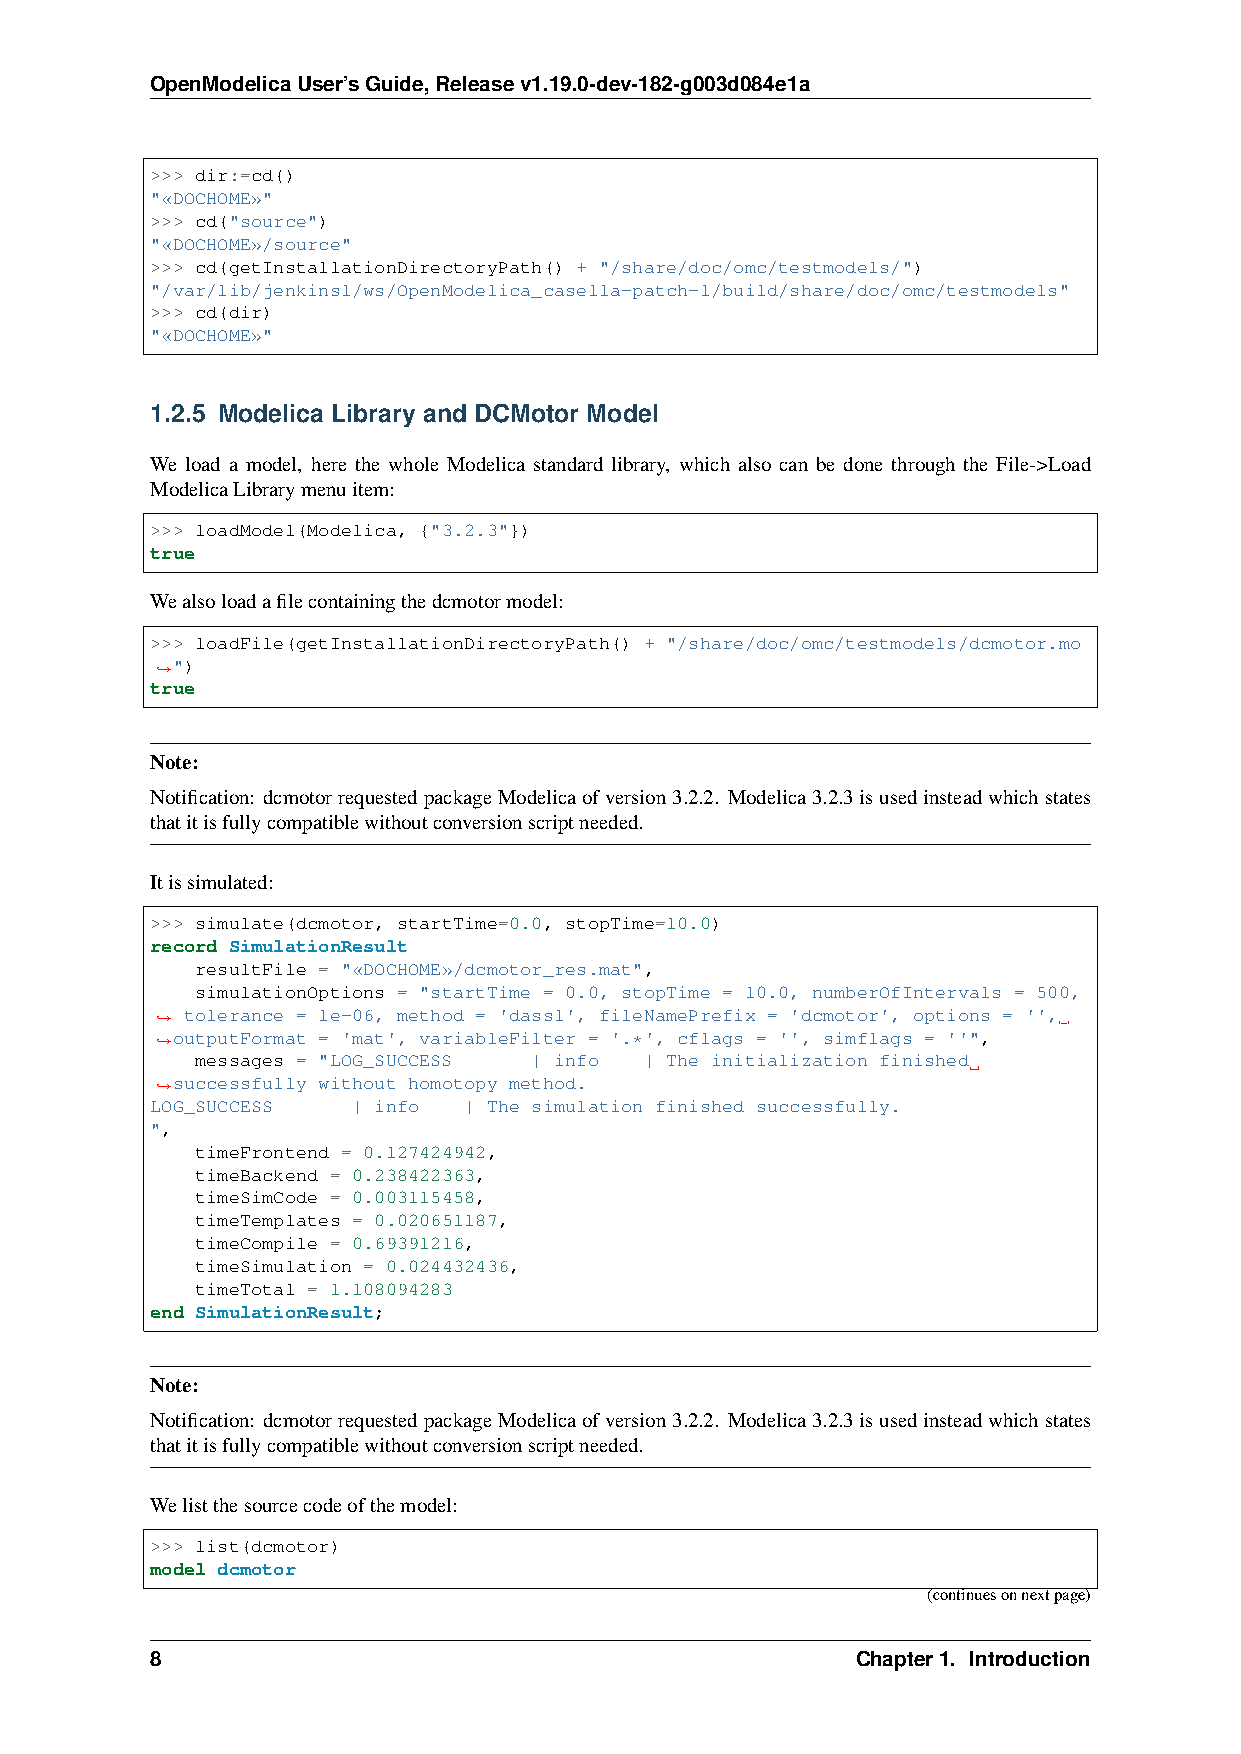
OpenModelicaUser’sGuide,Releasev1.19.0-dev-182-g003d084e1a
 >>> dir:=cd()
 "«DOCHOME»"
 >>> cd("source")
 "«DOCHOME»/source"
 >>> cd(getInstallationDirectoryPath() + "/share/doc/omc/testmodels/")
 "/var/lib/jenkins1/ws/OpenModelica_casella-patch-1/build/share/doc/omc/testmodels"
 >>> cd(dir)
 "«DOCHOME»"
 1.2.5 Modelica Library and DCMotor Model
 We load a model, here the whole Modelica standard library, which also can be done through the File->Load
 ModelicaLibrarymenuitem:
 >>> loadModel(Modelica, {"3.2.3"})
 true
 Wealsoloadafilecontainingthedcmotormodel:
 >>> loadFile(getInstallationDirectoryPath() + "/share/doc/omc/testmodels/dcmotor.mo
 ")
 ˓→
 true
 Note:
 Notification: dcmotorrequestedpackageModelicaofversion3.2.2. Modelica3.2.3isusedinsteadwhichstates
 thatitisfullycompatiblewithoutconversionscriptneeded.
 Itissimulated:
 >>> simulate(dcmotor, startTime=0.0, stopTime=10.0)
 record SimulationResult
 resultFile = "«DOCHOME»/dcmotor_res.mat",
 simulationOptions = "startTime = 0.0, stopTime = 10.0, numberOfIntervals = 500,
 tolerance = 1e-06, method = 'dassl', fileNamePrefix = 'dcmotor', options = '',
 ˓→
 ˓→outputFormat = 'mat', variableFilter = '.*', cflags = '', simflags = ''",
 messages = "LOG_SUCCESS | info | The initialization finished
 successfully without homotopy method.
 ˓→
 LOG_SUCCESS  | info  | The simulation finished successfully.
 ",
 timeFrontend = 0.127424942,
 timeBackend = 0.238422363,
 timeSimCode = 0.003115458,
 timeTemplates = 0.020651187,
 timeCompile = 0.69391216,
 timeSimulation = 0.024432436,
 timeTotal = 1.108094283
 end SimulationResult;
 Note:
 Notification: dcmotorrequestedpackageModelicaofversion3.2.2. Modelica3.2.3isusedinsteadwhichstates
 thatitisfullycompatiblewithoutconversionscriptneeded.
 Welistthesourcecodeofthemodel:
 >>> list(dcmotor)
 model dcmotor
 (continuesonnextpage)
 8                                              Chapter1. Introduction